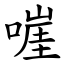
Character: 嘊